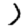
Digit: 1